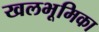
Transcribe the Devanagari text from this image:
खलभूमिका